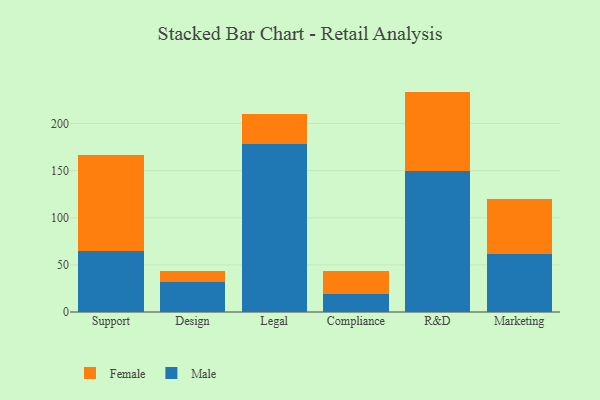
{"axis": {"x": "Department", "y": "Tickets Resolved"}, "legend": ["Female", "Male"], "data": [{"x": "Support", "y": 65.1, "type": "Male"}, {"x": "Support", "y": 101.1, "type": "Female"}, {"x": "Design", "y": 31.3, "type": "Male"}, {"x": "Design", "y": 12.2, "type": "Female"}, {"x": "Legal", "y": 178.3, "type": "Male"}, {"x": "Legal", "y": 32.0, "type": "Female"}, {"x": "Compliance", "y": 18.8, "type": "Male"}, {"x": "Compliance", "y": 24.2, "type": "Female"}, {"x": "R&D", "y": 150.1, "type": "Male"}, {"x": "R&D", "y": 83.7, "type": "Female"}, {"x": "Marketing", "y": 61.7, "type": "Male"}, {"x": "Marketing", "y": 58.1, "type": "Female"}]}